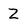
Character: Z